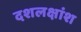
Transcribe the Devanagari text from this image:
दशलक्षांश